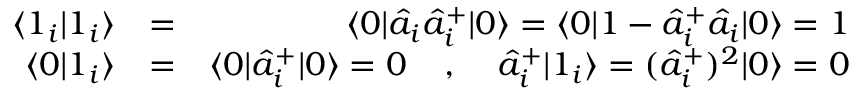
\begin{array} { r l r } { \langle 1 _ { i } | 1 _ { i } \rangle } & { = } & { \langle 0 | \hat { a } _ { i } \hat { a } _ { i } ^ { + } | 0 \rangle = \langle 0 | 1 - \hat { a } _ { i } ^ { + } \hat { a } _ { i } | 0 \rangle = 1 } \\ { \langle 0 | 1 _ { i } \rangle } & { = } & { \langle 0 | \hat { a } _ { i } ^ { + } | 0 \rangle = 0 \; \; \; \; , \; \; \; \; \hat { a } _ { i } ^ { + } | 1 _ { i } \rangle = ( \hat { a } _ { i } ^ { + } ) ^ { 2 } | 0 \rangle = 0 } \end{array}